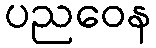
ပညဝေန